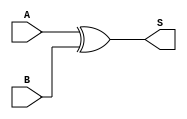
module XOR_Gate(
    input A,
    input B,
    output S
);
    assign S = A ^ B; // Sum output using XOR operation
endmodule